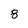
Character: 8